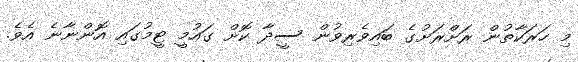
މި ހަރަކާތުން ރަށްރަށުގެ ބައިވެރިވުން ސީދާ ކޮށް ގައުމީ ޓީމުގައި އޮންނާނެ އެވެ.